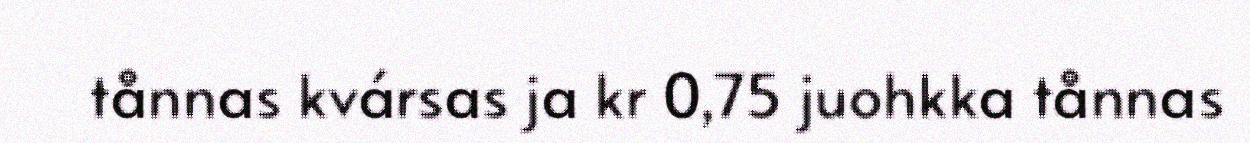
tånnas kvársas ja kr 0,75 juohkka tånnas